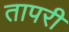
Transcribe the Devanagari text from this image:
तापरी